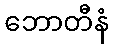
ဘောတီနံ